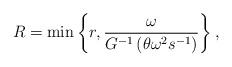
LaTeX: \begin{align*} R= \min \left\{ r, \frac{\omega}{G^{-1} \left(\theta \omega^2 s^{-1} \right)} \right\},\end{align*}